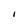
Character: 1